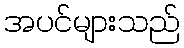
အပင်များသည်